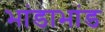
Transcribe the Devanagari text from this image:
भांडाभांड